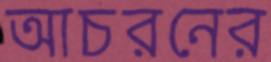
আচরনের